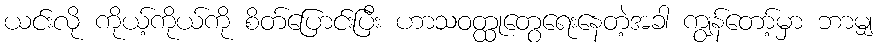
ယင်းလို ကိုယ့်ကိုယ်ကို စိတ်ပြောင်းပြီး ဟာသဝတ္ထုတွေရေးနေတဲ့အခါ ကျွန်တော့်မှာ ဘာမျှ